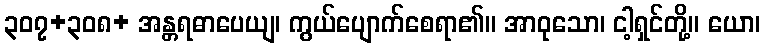
၃၀၇+၃၀၈+ အန္တရဓာပေယျ၊ ကွယ်ပျောက်စေရာ၏။ အာဝုသော၊ ငါ့ရှင်တို့။ ယော၊